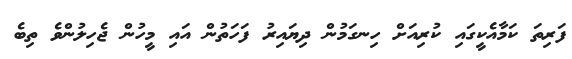
ފަރިތަ ކަމާއެކީގައި ކުރިއަށް ހިނގަމުން ދިޔައިރު ފަހަތުން އައި މީހުން ޖެހިލުންވެ ތިބެ